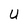
Character: U